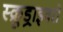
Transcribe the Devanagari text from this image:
स्क्रूड्राइवरों